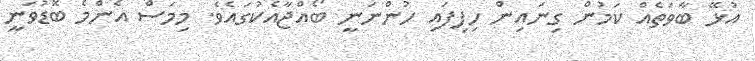
އުޅޭ ބާވަތެއް ކަމުން ގިނައިން ހިފިފައި ހުންނަނީ ބޯއްޖާއެކުގައެވެ. މިމަސް އެންމެ ބޮޑުވަނީ